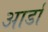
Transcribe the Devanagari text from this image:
आर्डा